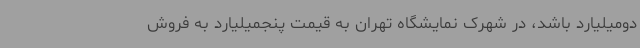
دومیلیارد باشد، در شهرک نمایشگاه تهران به قیمت پنجمیلیارد به فروش